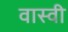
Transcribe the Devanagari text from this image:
वास्वी